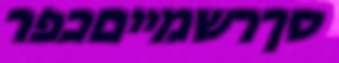
סךרשמייםכפר